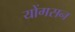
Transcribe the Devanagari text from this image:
योंगसन